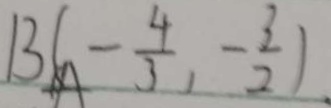
B ( - \frac { 4 } { 3 } , - \frac { 3 } { 2 } ) .